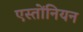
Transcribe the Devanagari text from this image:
एस्तोंनियन